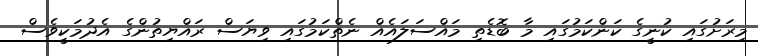
މިރަށުގައި ކުނީގެ ކަންކަމުގައި މާ ބޮޑެތި މައްސަލައެއް ނެތްކަމުގައި ވިޔަސް ރައްޔިތުންގެ އެދުމަކީވެސް